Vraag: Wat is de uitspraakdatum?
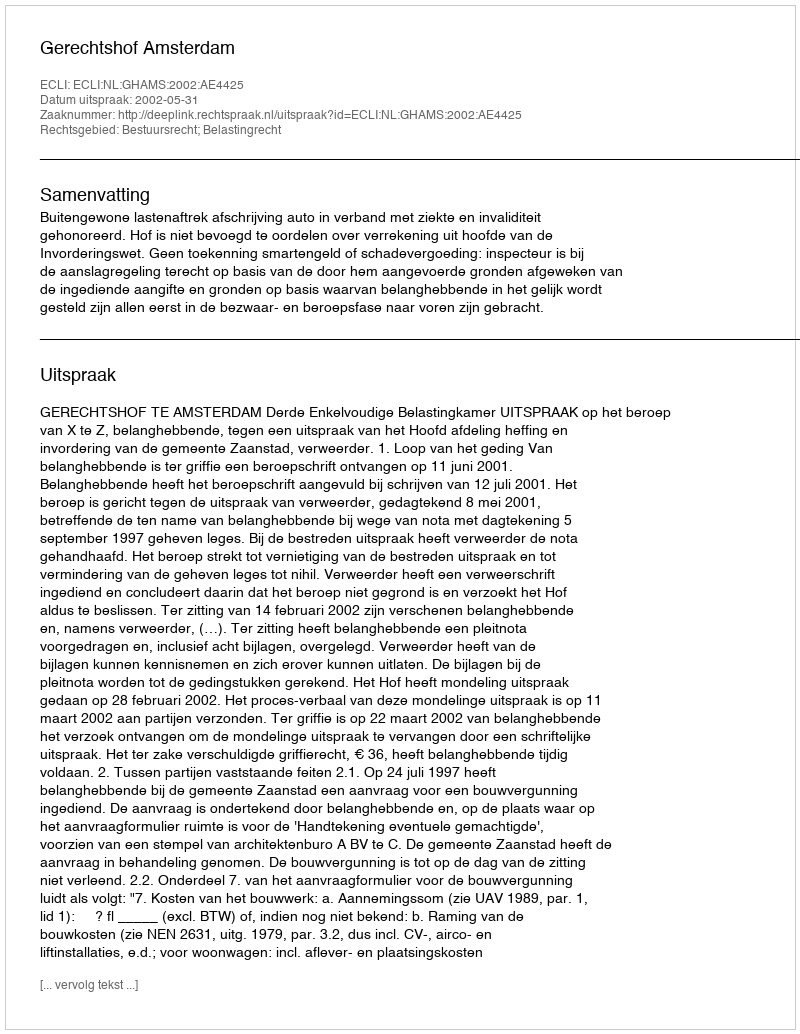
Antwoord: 2002-05-31